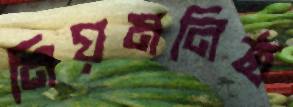
নিয়মনিষ্ঠ